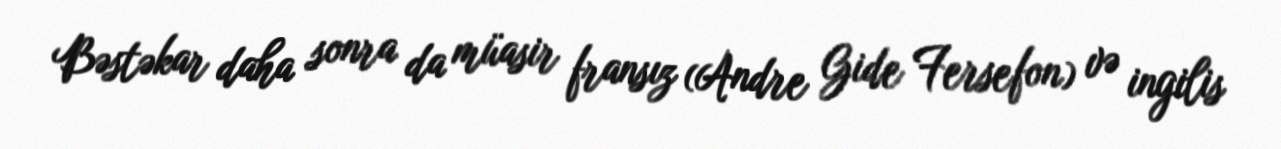
Bəstəkar daha sonra da müasir fransız (Andre Gide Fersefon) və ingilis